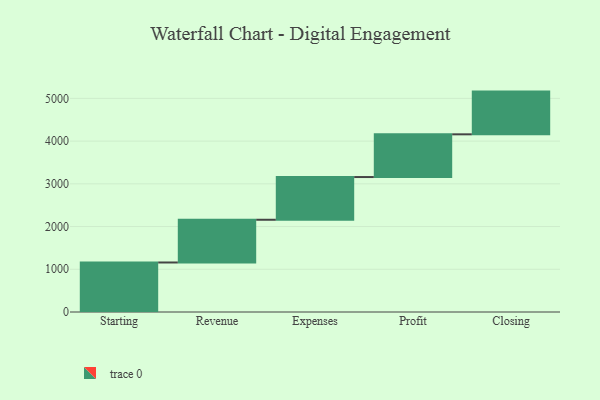
{"axis": {"x": "Step", "y": "Value"}, "legend": [""], "data": [{"x": "Starting", "y": 1159.0, "type": ""}, {"x": "Revenue", "y": 1000, "type": ""}, {"x": "Expenses", "y": 1000, "type": ""}, {"x": "Profit", "y": 1000, "type": ""}, {"x": "Closing", "y": 1000, "type": ""}]}